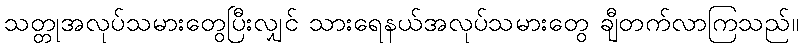
သတ္တုအလုပ်သမားတွေပြီးလျှင် သားရေနယ်အလုပ်သမားတွေ ချီတက်လာကြသည်။